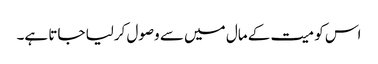
اس کو میت کے مال میں سے وصول کرلیا جاتا ہے۔